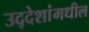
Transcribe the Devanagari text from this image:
उद्देशांमधील